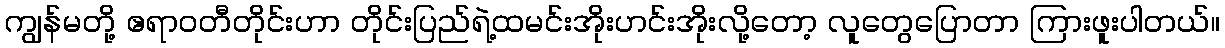
ကျွန်မတို့ ဧရာဝတီတိုင်းဟာ တိုင်းပြည်ရဲ့ထမင်းအိုးဟင်းအိုးလို့တော့ လူတွေပြောတာ ကြားဖူးပါတယ်။